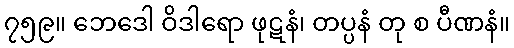
၇၅၉။ ဘေဒေါ ဝိဒါရော ဖုဋနံ၊ တပ္ပနံ တု စ ပီဏနံ။